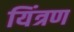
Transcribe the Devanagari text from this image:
यिंत्रण